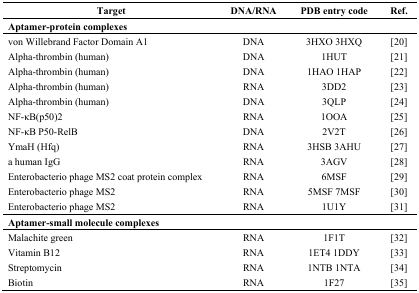
<table><thead><tr><td><b>Target</b></td><td><b>DNA/RNA</b></td><td><b>PDB entry code</b></td><td><b>Ref.</b></td></tr></thead><tbody><tr><td colspan="4"><b>Aptamer-protein complexes</b></td></tr><tr><td>von Willebrand Factor Domain A1</td><td>DNA</td><td>3HXO 3HXQ</td><td>[20]</td></tr><tr><td>Alpha-thrombin (human)</td><td>DNA</td><td>1HUT</td><td>[21]</td></tr><tr><td>Alpha-thrombin (human)</td><td>DNA</td><td>1HAO 1HAP</td><td>[22]</td></tr><tr><td>Alpha-thrombin (human)</td><td>RNA</td><td>3DD2</td><td>[23]</td></tr><tr><td>Alpha-thrombin (human)</td><td>DNA</td><td>3QLP</td><td>[24]</td></tr><tr><td>NF-κB(p50)2</td><td>RNA</td><td>1OOA</td><td>[25]</td></tr><tr><td>NF-κB P50-RelB</td><td>DNA</td><td>2V2T</td><td>[26]</td></tr><tr><td>YmaH (Hfq)</td><td>RNA</td><td>3HSB 3AHU</td><td>[27]</td></tr><tr><td>a human IgG</td><td>RNA</td><td>3AGV</td><td>[28]</td></tr><tr><td>Enterobacterio phage MS2 coat protein complex</td><td>RNA</td><td>6MSF</td><td>[29]</td></tr><tr><td>Enterobacterio phage MS2</td><td>RNA</td><td>5MSF 7MSF</td><td>[30]</td></tr><tr><td>Enterobacterio phage MS2</td><td>RNA</td><td>1U1Y</td><td>[31]</td></tr><tr><td colspan="4"><b>Aptamer-small molecule complexes</b></td></tr><tr><td>Malachite green</td><td>RNA</td><td>1F1T</td><td>[32]</td></tr><tr><td>Vitamin B12</td><td>RNA</td><td>1ET4 1DDY</td><td>[33]</td></tr><tr><td>Streptomycin</td><td>RNA</td><td>1NTB 1NTA</td><td>[34]</td></tr><tr><td>Biotin</td><td>RNA</td><td>1F27</td><td>[35]</td></tr></tbody></table>